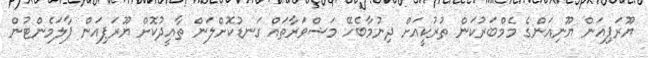
ޔޫރަޕިއަން ޔޫނިއަންގެ މެމްބަރުކަން ތުރުކީއަށް ދިނުމާބެހޭ މަޝްވަރާތައް ގަނޑުކޮށްލަން ތާއީދުކޮށް ޔޫރަޕިއަން ޕާލަމެންޓުން